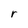
Character: r